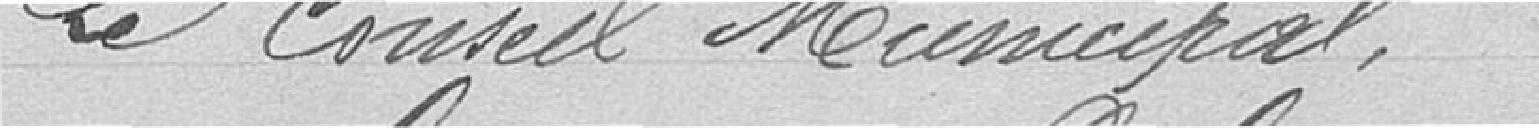
Le Conseil Municipal,